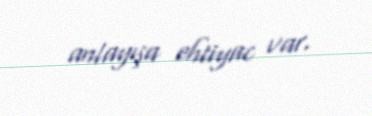
anlayışa ehtiyac var.